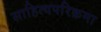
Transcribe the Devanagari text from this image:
साहित्यपरिक्रमा